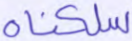
سلكناه